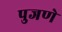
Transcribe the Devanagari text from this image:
पुजणे